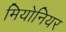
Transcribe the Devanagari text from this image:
मियोनियर